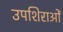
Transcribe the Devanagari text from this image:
उपशिराओं